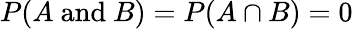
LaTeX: P(A{\mathrm{~and~}}B)=P(A\cap B)=0